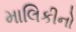
માલિકીનો